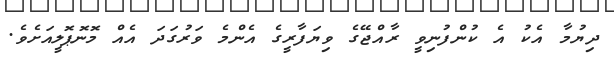
ދިޔުމާ އެކު އެ ކުންފުނިވީ ރާއްޖޭގެ ވިޔަފާރީގެ އެންމެ ވަރުގަދަ އެއް މޮނޮޕޮލީއަށެވެ.